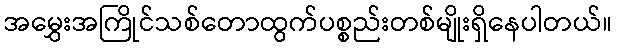
အမွှေးအကြိုင်သစ်တောထွက်ပစ္စည်းတစ်မျိုးရှိနေပါတယ်။